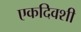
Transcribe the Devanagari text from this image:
एकदिवशी